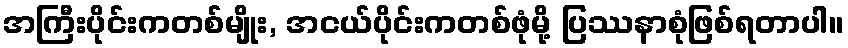
အကြီးပိုင်းကတစ်မျိုး, အငယ်ပိုင်းကတစ်ဖုံမို့ ပြဿနာစုံဖြစ်ရတာပါ။